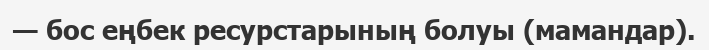
— бос еңбек ресурстарының болуы (мамандар).